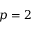
p = 2